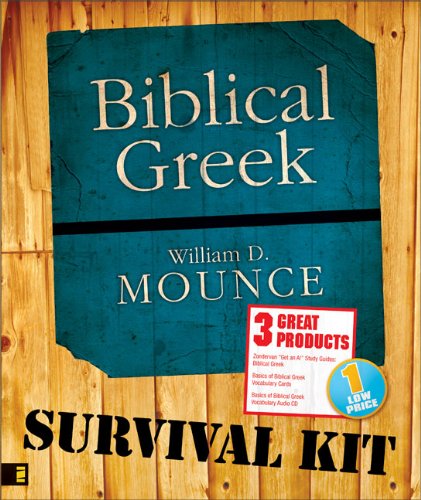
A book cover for Biblical Greek Survival Kit; William D. Mounce; Christian Books & Bibles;